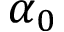
\alpha _ { 0 }